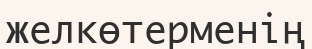
желкөтерменің